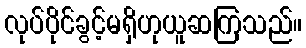
လုပ်ပိုင်ခွင့်မရှိဟုယူဆကြသည်။